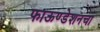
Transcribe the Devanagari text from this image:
फाऊण्डेशनचा